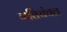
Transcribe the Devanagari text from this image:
गतिचंचल